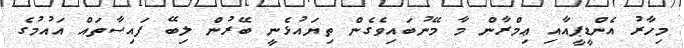
މިހާރު އެންޑީޕީއާއި ޢިމްރާން މާ މޭނުބައިވެގެން ތިޔައުޅެނީ ބޭރުން ލިބޭ ފައިސާތައް އައުމުގެ